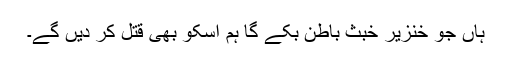
ہاں جو خنزیر خبث باطن بکے گا ہم اسکو بھی قتل کر دیں گے۔